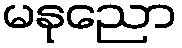
မနုညော